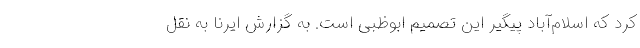
کرد که اسلام‌آباد پیگیر این تصمیم ابوظبی است. به گزارش ایرنا به نقل